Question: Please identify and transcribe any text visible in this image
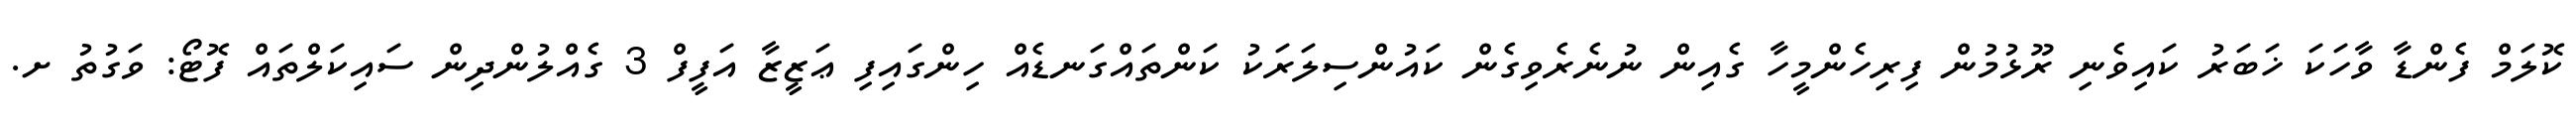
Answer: ކޮލަމް ފެންޑާ ވާހަކަ ޚަބަރު ކައިވެނި ރޫޅުމުން ފިރިހެންމީހާ ގެއިން ނުނެރެވިގެން ކައުންސިލަރަކު ކަންތައްގަނޑެއް ހިންގައިފި ޢަޒީޒާ އަފީފް 3 ގެއްލުންދިން ސައިކަލްތައް ފޮޓޯ: ވަގުތު ށ.